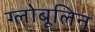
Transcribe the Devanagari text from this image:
ग्लोबूलिन